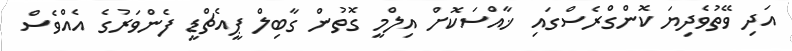
އަދި ވޭތުވެދިޔަ ކޮންގްރެސްގައި ޚާއްސަކޮށް އިލްމީ ގޮތުން ގާބިލް ޕީއެޗްޑީ ފެންވަރުގެ އެއްވެސް